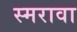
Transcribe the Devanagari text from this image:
स्मरावा